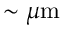
\sim \mu \mathrm { m }